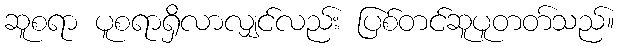
ဆူစရာ ပူစရာရှိလာလျှင်လည်း ပြစ်တင်ဆူပူတတ်သည်။